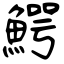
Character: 鰐